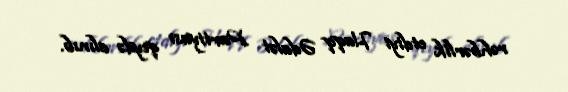
rəhbərlik etdiyi Haqq Ədalət Partiyası qeydə alınıb.